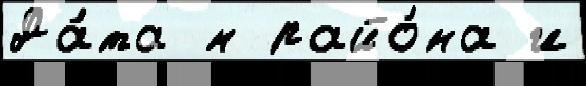
Да́та м райо́на и